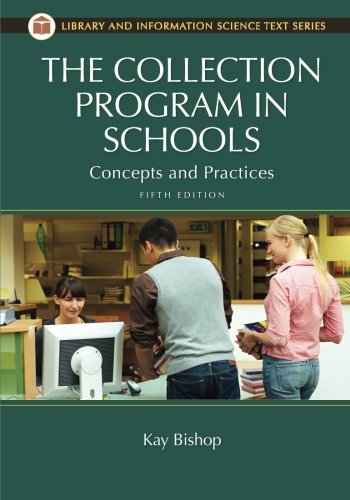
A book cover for The Collection Program in Schools: Concepts and Practices, 5th Edition (Library and Information Science Text Series); Kay Bishop; Politics & Social Sciences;